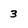
Character: 3